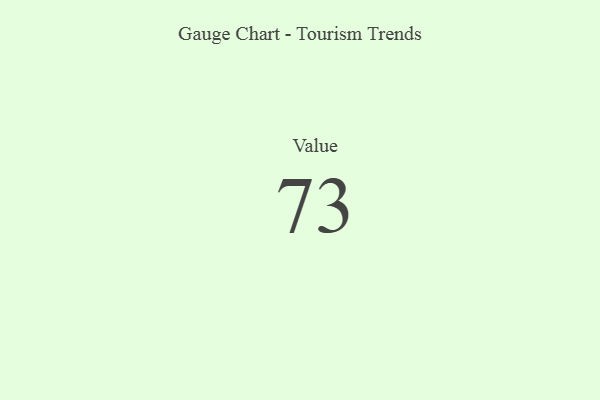
{"axis": {"x": "Metric", "y": "Value"}, "legend": [""], "data": [{"x": "Value", "y": 73, "type": ""}]}